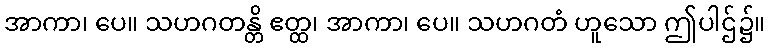
အာကာ၊ ပေ။ သဟဂတန္တိ ဧတ္ထ၊ အာကာ၊ ပေ။ သဟဂတံ ဟူသော ဤပါဌ်၌။